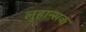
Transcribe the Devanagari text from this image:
लुहान्सक